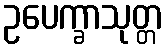
ဥပေက္ခာသုတ္တ